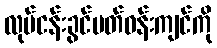
လုပ်ငန်းခွင်ပတ်ဝန်းကျင်ကို